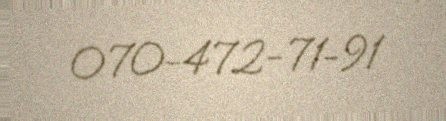
070-472-71-91